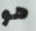
هو